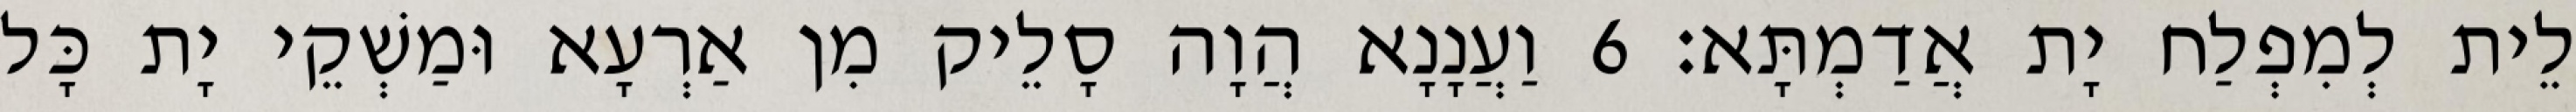
לֵית לְמִפְלַח יָת אֲדַמְתָּא׃ 6 וַעֲנָנָא הֲוָה סָלֵיק מִן אַרְעָא וּמַשְׁקֵי יָת כָּל